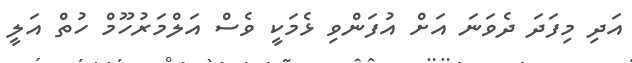
އަދި މިފަދަ ދެވަނަ އަށް އުފަންވި ޅެމަކީ ވެސް އަލްމަރުހޫމް ހުތް އަލީ